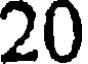
20